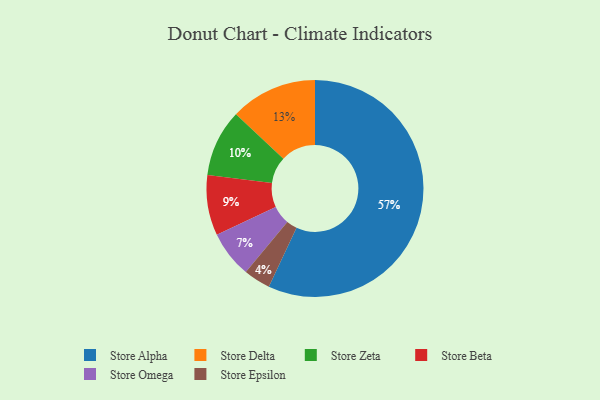
{"axis": {"x": "Category", "y": "Percentage"}, "legend": ["Store Alpha", "Store Beta", "Store Delta", "Store Epsilon", "Store Omega", "Store Zeta"], "data": [{"x": "Store Omega", "y": 7, "type": "Store Omega"}, {"x": "Store Beta", "y": 9, "type": "Store Beta"}, {"x": "Store Delta", "y": 13, "type": "Store Delta"}, {"x": "Store Epsilon", "y": 4, "type": "Store Epsilon"}, {"x": "Store Alpha", "y": 57, "type": "Store Alpha"}, {"x": "Store Zeta", "y": 10, "type": "Store Zeta"}]}